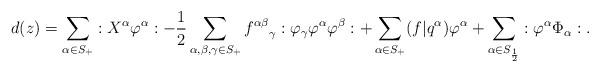
LaTeX: \begin{align*}d(z) &= \sum_{\alpha \in S_+} :X^\alpha \varphi^\alpha: -\frac{1}{2} \sum_{\alpha, \beta, \gamma \in S_+} {f^{\alpha \beta}}_\gamma :\varphi_\gamma \varphi^\alpha \varphi^\beta: + \sum_{\alpha \in S_+} (f | q^\alpha) \varphi^\alpha + \sum_{\alpha \in S_{\frac{1}{2}}} :\varphi^\alpha \Phi_\alpha:. \end{align*}